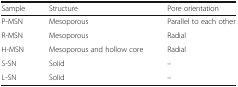
| Sample | Structure | Pore orientation |
 | --- | --- | --- |
 | P-MSN | Mesoporous | Parallel to each other |
 | R-MSN | Mesoporous | Radial |
 | H-MSN | Mesoporous and hollow core | Radial |
 | S-SN | Solid | – |
 | L-SN | Solid | – |